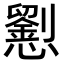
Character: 𢤐